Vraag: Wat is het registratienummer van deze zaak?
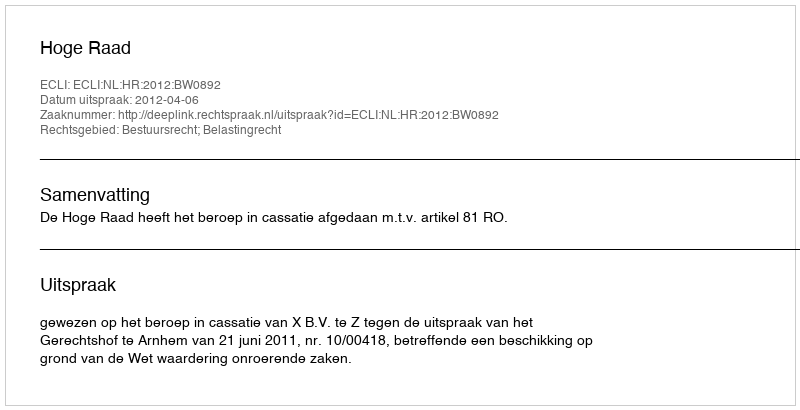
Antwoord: http://deeplink.rechtspraak.nl/uitspraak?id=ECLI:NL:HR:2012:BW0892